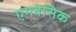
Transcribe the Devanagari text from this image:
एमबेसिक